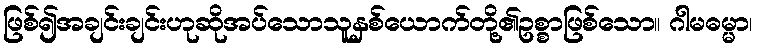
ဖြစ်၍အချင်းချင်းဟုဆိုအပ်သောသူနှစ်ယောက်တို့၏ဥစ္စာဖြစ်သော။ ဂါမဓမ္မာ၊